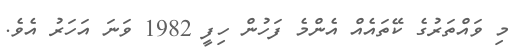
މި ވައްތަރުގެ ކޭތައެއް އެންމެ ފަހުން ހިފީ 1982 ވަނަ އަހަރު އެވެ.